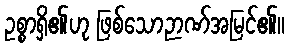
ဥစ္စာရှိ၏ဟု ဖြစ်သောဉာဏ်အမြင်၏။